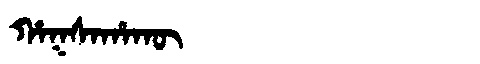
Manchu: ᡥᠠᡴᠰᠠᡥᠠᡴᡡ
Romanization: HAKSAHAKŪ